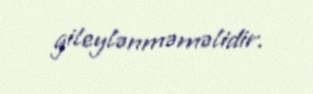
gileylənməməlidir.